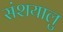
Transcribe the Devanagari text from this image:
संशयालु